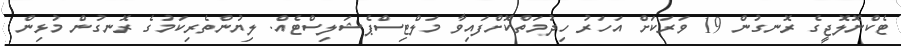
ޓެކްނޮލޮޖީގެ ރޮނގުން 19 ވަރަކަށް އަހަރު ހިދުމަތްކޮށްފައިވާ މަލްޓިސްޕެޝަލިސްޓެއް. ލިޔުންތެރިކަމުގެ ރޮނގުން މުޅިން